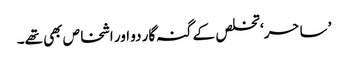
’ ساحر‘ تخلص کے گنہ گار دو اور اشخاص بھی تھے۔